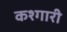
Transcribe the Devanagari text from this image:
कश्गारी